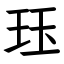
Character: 珏